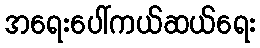
အရေးပေါ်ကယ်ဆယ်ရေး